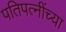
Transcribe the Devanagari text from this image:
पतिपत्‍नींच्या